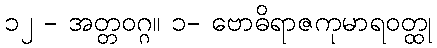
၁၂ - အတ္တဝဂ္ဂ။ ၁- ဗောဓိရာဇကုမာရဝတ္ထု